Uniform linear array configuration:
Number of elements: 4
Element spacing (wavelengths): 1
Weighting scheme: uniform
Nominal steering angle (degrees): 15
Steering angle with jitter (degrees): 13.549
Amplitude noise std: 0.05
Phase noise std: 0.05

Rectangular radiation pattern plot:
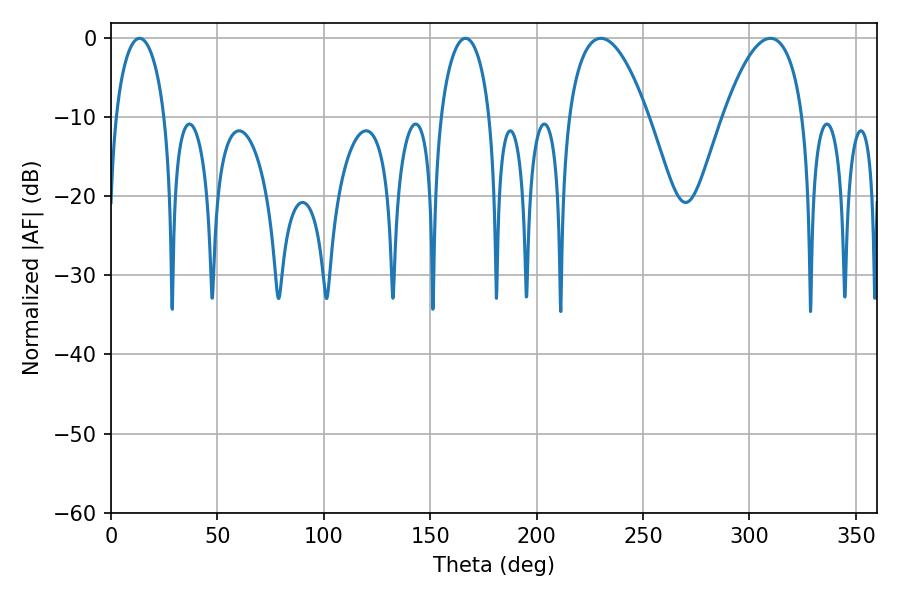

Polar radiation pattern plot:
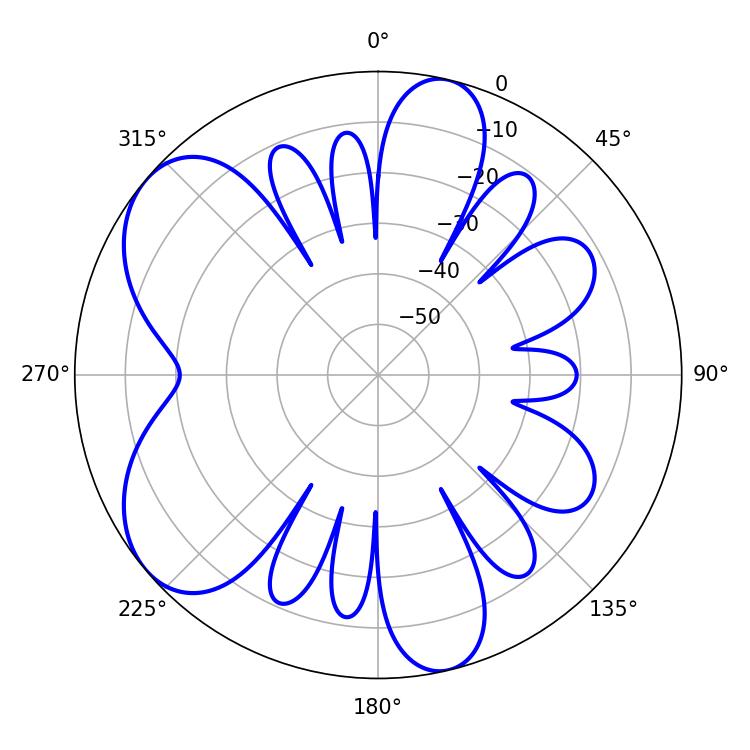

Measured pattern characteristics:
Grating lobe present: TRUE
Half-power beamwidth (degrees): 20.7
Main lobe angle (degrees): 230.22